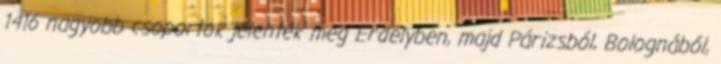
1416 nagyobb csoportok jelentek meg Erdélyben, majd Párizsból, Bolognából,